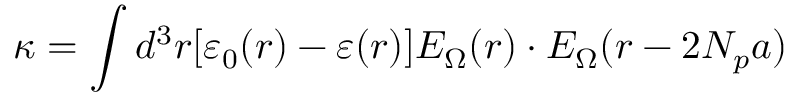
\kappa = \int d ^ { 3 } r [ \varepsilon _ { 0 } ( r ) - \varepsilon ( r ) ] E _ { \Omega } ( r ) \cdot E _ { \Omega } ( r - 2 N _ { p } a )